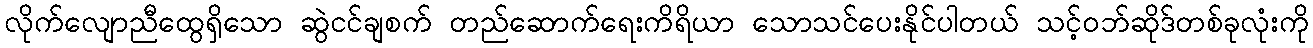
လိုက်လျောညီထွေရှိသော ဆွဲငင်ချစက် တည်ဆောက်ရေးကိရိယာ သောသင်ပေးနိုင်ပါတယ် သင့်ဝဘ်ဆိုဒ်တစ်ခုလုံးကို